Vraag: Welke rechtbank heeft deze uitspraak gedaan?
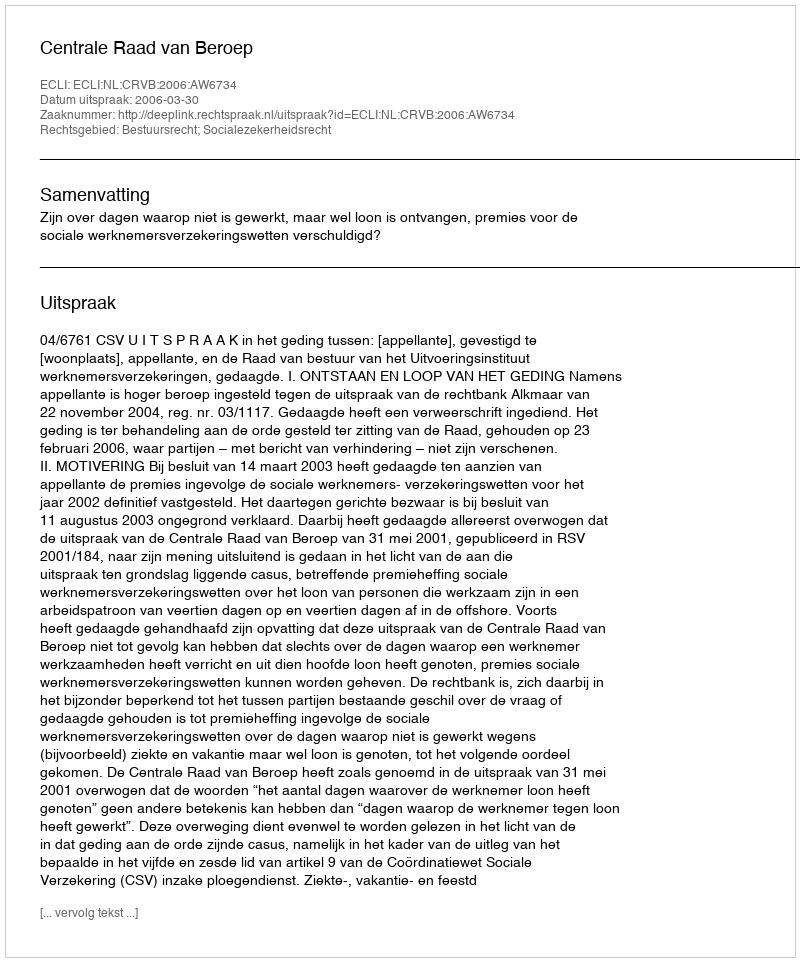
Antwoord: Centrale Raad van Beroep